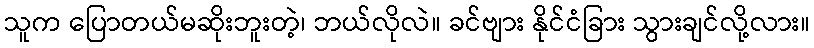
သူက ပြောတယ်မဆိုးဘူးတဲ့၊ ဘယ်လိုလဲ။ ခင်ဗျား နိုင်ငံခြား သွားချင်လို့လား။